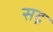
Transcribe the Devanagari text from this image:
सद्न